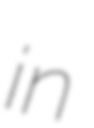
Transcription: in